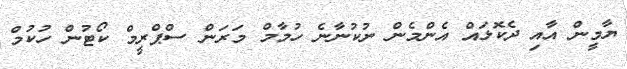
ޔާމީން އާއި ދެކޮޅައް އެންމެން ނުކުނާނެ ހުމާމް މަރަން ސްްޕްރީމް ކޯޓުން ހުކުމް